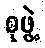
စုဖွဲ့